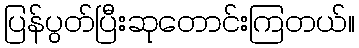
ပြန်ပွတ်ပြီးဆုတောင်းကြတယ်။